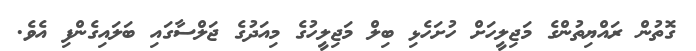
ގޮތުން ރައްޔިތުންގެ މަޖިލީހަށް ހުށަހެޅި ބިލް މަޖިލީހުގެ މިއަދުގެ ޖަލްސާގައި ބަލައިގެންފި އެވެ.